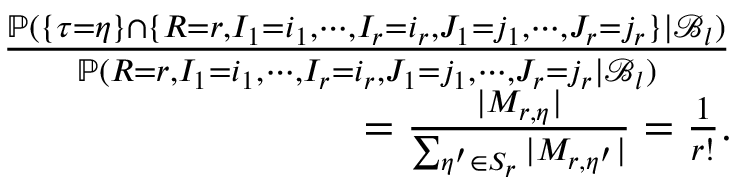
\begin{array} { r l r } & { } & { \frac { \mathbb { P } ( \{ \tau = \eta \} \cap \{ R = r , I _ { 1 } = i _ { 1 } , \cdots , I _ { r } = i _ { r } , J _ { 1 } = j _ { 1 } , \cdots , J _ { r } = j _ { r } \} | \mathcal { B } _ { l } ) } { \mathbb { P } ( R = r , I _ { 1 } = i _ { 1 } , \cdots , I _ { r } = i _ { r } , J _ { 1 } = j _ { 1 } , \cdots , J _ { r } = j _ { r } | \mathcal { B } _ { l } ) } } \\ & { } & { = \frac { | M _ { r , \eta } | } { \sum _ { \eta ^ { \prime } \in S _ { r } } | M _ { r , \eta ^ { \prime } } | } = \frac { 1 } { r ! } . } \end{array}